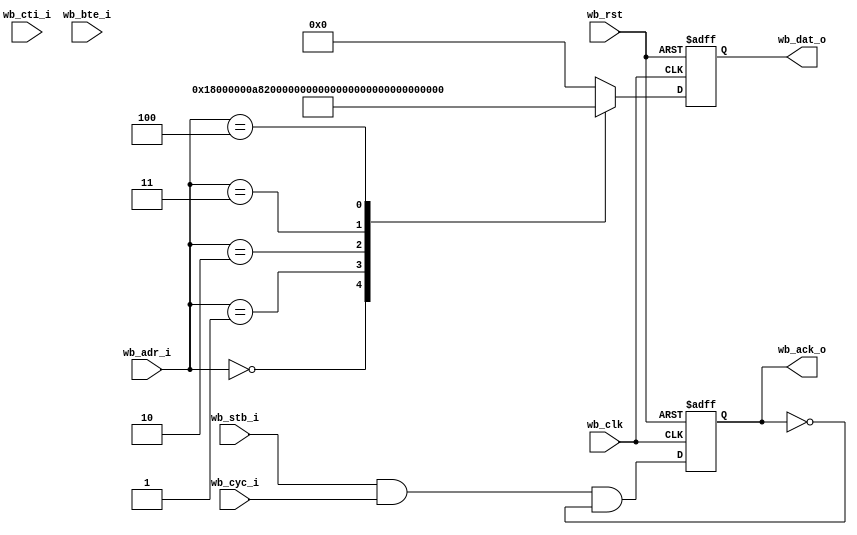
module rom
  #(parameter addr_width = 5,
    parameter b3_burst   = 0)
   (
    input 		       wb_clk,
    input 		       wb_rst,
    input [(addr_width+2)-1:2] wb_adr_i,
    input 		       wb_stb_i,
    input 		       wb_cyc_i,
    input [2:0] 	       wb_cti_i,
    input [1:0] 	       wb_bte_i,
    output reg [31:0] 	       wb_dat_o,
    output reg 		       wb_ack_o);
   
   reg [addr_width-1:0] 	    adr;

   always @ (posedge wb_clk or posedge wb_rst)
     if (wb_rst)
       wb_dat_o <= 32'h15000000;
     else
       case (adr)
	 // Zero r0 and jump to 0x00000100
	 0 : wb_dat_o <= 32'h18000000;
	 1 : wb_dat_o <= 32'hA8200000;
	 2 : wb_dat_o <= 32'hA8C00100;
	 3 : wb_dat_o <= 32'h44003000;
	 4 : wb_dat_o <= 32'h15000000;
	 
	 default:
	   wb_dat_o <= 32'h00000000;
       endcase // case (wb_adr_i)

generate
if(b3_burst) begin : gen_b3_burst
   reg 				    wb_stb_i_r;
   reg 				    new_access_r;   
   reg 				    burst_r;
	 
   wire burst      = wb_cyc_i & (!(wb_cti_i == 3'b000)) & (!(wb_cti_i == 3'b111));
   wire new_access = (wb_stb_i & !wb_stb_i_r);
   wire new_burst  = (burst & !burst_r);

   always @(posedge wb_clk) begin
     new_access_r <= new_access;
     burst_r      <= burst;
     wb_stb_i_r   <= wb_stb_i;
   end
   
   
   always @(posedge wb_clk)
     if (wb_rst)
       adr <= 0;
     else if (new_access)
       // New access, register address, ack a cycle later
       adr <= wb_adr_i[(addr_width+2)-1:2];
     else if (burst) begin
	if (wb_cti_i == 3'b010)
	  case (wb_bte_i)
	    2'b00: adr <= adr + 1;
	    2'b01: adr[1:0] <= adr[1:0] + 1;
	    2'b10: adr[2:0] <= adr[2:0] + 1;
	    2'b11: adr[3:0] <= adr[3:0] + 1;
	  endcase // case (wb_bte_i)
	else
	  adr <= wb_adr_i[(addr_width+2)-1:2];
     end // if (burst)
   
   
   always @(posedge wb_clk)
     if (wb_rst)
       wb_ack_o <= 0;
     else if (wb_ack_o & (!burst | (wb_cti_i == 3'b111)))
       wb_ack_o <= 0;
     else if (wb_stb_i & ((!burst & !new_access & new_access_r) | (burst & burst_r)))
       wb_ack_o <= 1;
     else
       wb_ack_o <= 0;

     end else begin
	always @(wb_adr_i)
	  adr <= wb_adr_i;
	
	always @ (posedge wb_clk or posedge wb_rst)
	  if (wb_rst)
	    wb_ack_o <= 1'b0;
	  else
	    wb_ack_o <= wb_stb_i & wb_cyc_i & !wb_ack_o;
	
     end
endgenerate   
endmodule